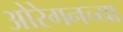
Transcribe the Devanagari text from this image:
ओरेगनच्या